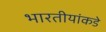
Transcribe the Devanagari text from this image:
भारतीयांकडे